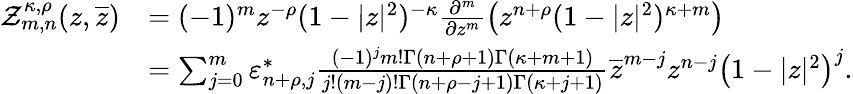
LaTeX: \begin{array}{rl}{\mathcal{Z}_{m,n}^{\kappa,\rho}(z,\overline{{z}})}&{=(-1)^{m}z^{-\rho}(1-|z|^{2})^{-\kappa}\frac{\partial^{m}}{\partial z^{m}}\big(z^{n+\rho}(1-|z|^{2})^{\kappa+m}\big)}\\ &{=\sum_{j=0}^{m}\varepsilon_{n+\rho,j}^{*}\frac{(-1)^{j}m!\Gamma(n+\rho+1)\Gamma(\kappa+m+1)}{j!(m-j)!\Gamma(n+\rho-j+1)\Gamma(\kappa+j+1)}\overline{{z}}^{m-j}z^{n-j}\left(1-|z|^{2}\right)^{j}.}\end{array}